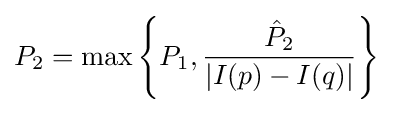
P_{2}=\max \left\{P_{1},{\frac {{\hat {P}}_{2}}{|I(p)-I(q)|}}\right\}